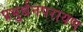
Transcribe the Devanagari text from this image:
प्रभुर्धनपरायण